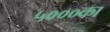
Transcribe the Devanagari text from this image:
५०००का